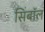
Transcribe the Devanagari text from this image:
सिंबॉल